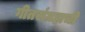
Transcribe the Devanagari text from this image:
गीतसंग्रहाची